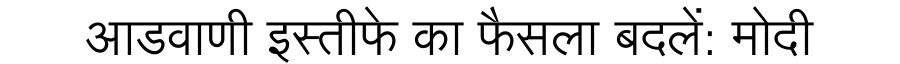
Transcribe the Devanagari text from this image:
आडवाणी इस्तीफे का फैसला बदलें: मोदी